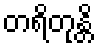
တရိတုန္တိ